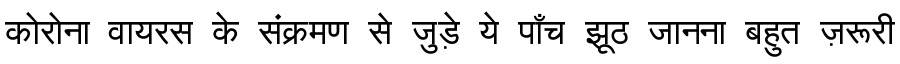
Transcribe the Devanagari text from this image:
कोरोना वायरस के संक्रमण से जुड़े ये पाँच झूठ जानना बहुत ज़रूरी